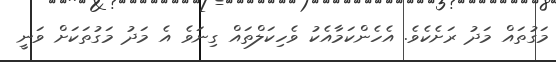
މަގުތައް މަދު ރަށެކެވެ. އެހެންކަމާއެކު ވެހިކަލްތައް ގިނަވެ އެ މަދު މަގުތަކަށް ވަނީ